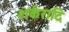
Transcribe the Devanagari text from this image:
शर्करादि